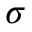
\sigma